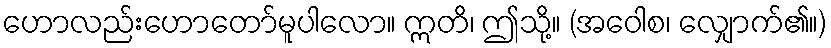
ဟောလည်းဟောတော်မူပါလော။ ဣတိ၊ ဤသို့။ (အဝေါစ၊ လျှောက်၏။)